Vaccination report Assam 1874-1896 - 1874-1896
Year: 1874
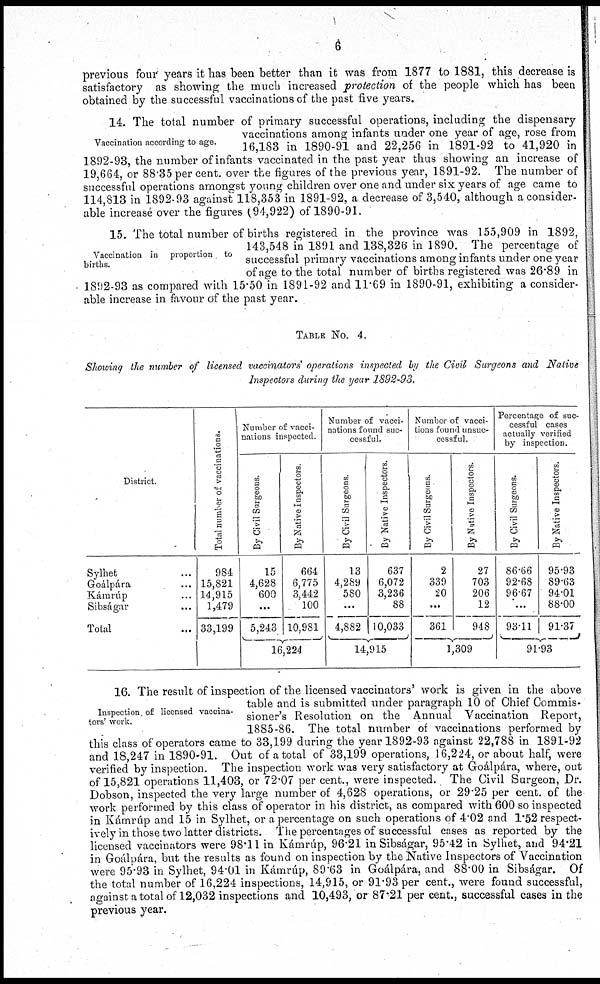
6
previous four years it has been better than it was from 1877 to 1881, this decrease is
satisfactory as showing the much increased protection of the people which has been
obtained by the successful vaccinations of the past five years.
Vaccination according to age.
14. The total number of primary successful operations, including the dispensary
vaccinations among infants under one year of age, rose from
16,183 in 1890-91 and 22,256 in 1891-92 to 41,920 in
1892-93, the number of infants vaccinated in the past year thus showing an increase of
19,664, or 88.35 per cent. over the figures of the previous year, 1891-92. The number of
successful operations amongst young children over one and under six years of age came to
114,813 in 1892-93 against 118,353 in 1891-92, a decrease of 3,540, although a consider-
able increase over the figures (94,922) of 1890-91.
Vaccination in proportion to
births.
15. The total number of births registered in the province was 155,909 in 1892,
143,548 in 1891 and 138,326 in 1890. The percentage of
successful primary vaccinations among infants under one year
of age to the total number of births registered was 26.89 in
1892-93 as compared with 15.50 in 1891-92 and 11.69 in 1890-91, exhibiting a consider-
able increase in favour of the past year.
TABLE No. 4.
Showing the number of licensed vaccinators operations inspected by the Civil Surgeons and Native
Inspectors during the year 1892-93.
District.
Sylhet ...
Goálpára ...
Kámrúp ...
Sibságar ...
Total ...
Total number of vaccinations.
984
15,821
14,915
1,479
33,199
Number of vacci-
nations inspected.
By Civil Surgeons.
15
4,628
600
...
5,243
By Native Inspectors.
664
6,775
3,442
100
10,981
16,224
Number of vacci-
nations found suc-
cessful.
By Civil Surgeons.
13
4,289
580
...
4,882
By Native Inspectors.
637
6,072
3,236
88
10,033
14,915
Number of vaca-
tions found unsuc-
cessful.
By Civil Surgeons.
2
339
20
...
361
By Native Inspectors.
27
703
206
12
948
1,309
Percentage of suc-
cessful cases
actually verified
by inspection.
By Civil Surgeons.
86.66
92.68
96.67
...
93.11
By Native Inspectors.
95.93
89.63
94.01
88.00
91.37
91.93
Inspection of licensed vaccina-
tors' work.
16. The result of inspection of the licensed vaccinators' work is given in the above
table and is submitted under paragraph 10 of Chief Commis-
sioner's Resolution on the Annual Vaccination Report,
1885-86. The total number of vaccinations performed by
this class of operators came to 33,199 during the year 1892-93 against 22,788 in 1891-92
and 18,247 in 1890-91. Out of a total of 33,199 operations, 16,224, or about half, were
verified by inspection. The inspection work was very satisfactory at Goálpára, where, out
of 15,821 operations 11,403, or 72.07 per cent., were inspected. The Civil Surgeon, Dr.
Dobson, inspected the very large number of 4,628 operations, or 29.25 per cent. of the
work performed by this class of operator in his district, as compared with 600 so inspected
in Kámrúp and 15 in Sylhet, or a percentage on such operations of 4.02 and 1.52 respect-
ively in those two latter districts. The percentages of successful cases as reported by the
licensed vaccinators were 98.11 in Kámrúp, 96.21 in Sibságar, 95.42 in Sylhet, and 94.21
in Goálpára, but the results as found on inspection by the Native Inspectors of Vaccination
were 95.93 in Sylhet, 94.01 in Kámrúp, 89.63 in Goálpára, and 88.00 in Sibságar. Of
the total number of 16,224 inspections, 14,915, or 91.93 per cent., were found successful,
against a total of 12,032 inspections and 10,493, or 87.21 per cent., successful cases in the
previous year.